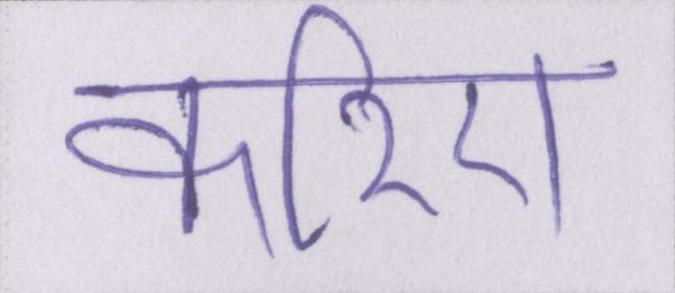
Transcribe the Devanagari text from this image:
करिए